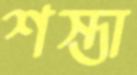
শস্তা